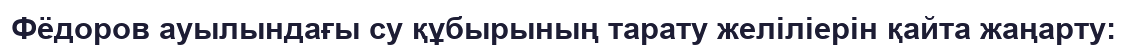
Фёдоров ауылындағы су құбырының тарату желіліерін қайта жаңарту: